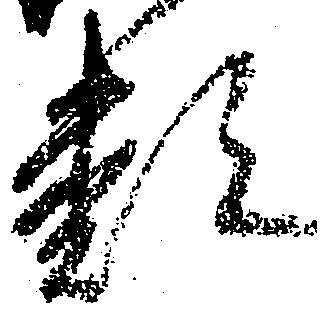
類